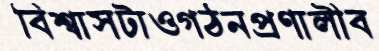
বিশ্বাসটাওগঠনপ্রণালীব